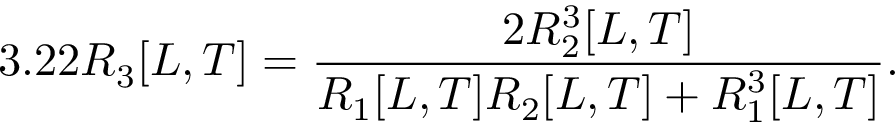
3 . 2 2 R _ { 3 } [ L , T ] = \frac { 2 R _ { 2 } ^ { 3 } [ L , T ] } { R _ { 1 } [ L , T ] R _ { 2 } [ L , T ] + R _ { 1 } ^ { 3 } [ L , T ] } .